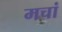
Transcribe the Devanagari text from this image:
मचां